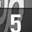
Digit: 5